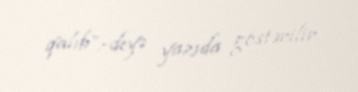
qalıb”,-deyə yazıda göstərilir.